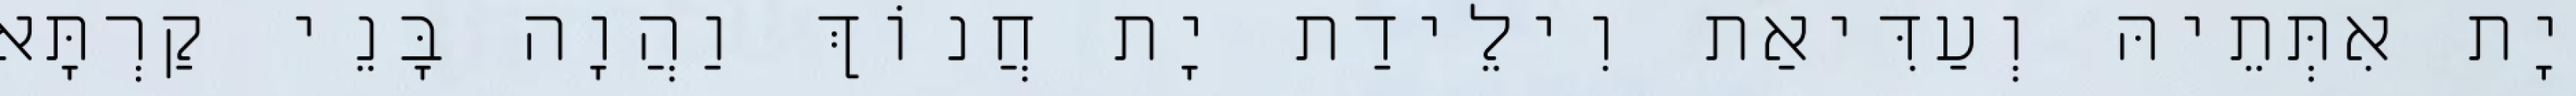
יָת אִתְּתֵיהּ וְעַדִּיאַת וִילֵידַת יָת חֲנוֹךְ וַהֲוָה בָּנֵי קַרְתָּא